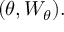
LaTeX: ( \theta , W _ { \theta } ) .